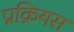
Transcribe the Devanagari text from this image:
प्रक्रियस